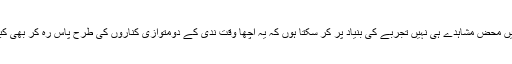
جب کہ یہ بات اَب میں محض مشاہدے ہی نہیں تجربے کی بنیاد پر کر سکتا ہوں کہ یہ اچھا وقت ندی کے دومتوازی کناروں کی طرح پاس رہ کر بھی کبھی ہاتھ نہیں ملا پاتا۔